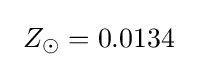
\ Z_{\odot }=0.0134\